Lunatic asylums in Bengal annual reports 1899-1911 - 1899-1911
Year: 1899
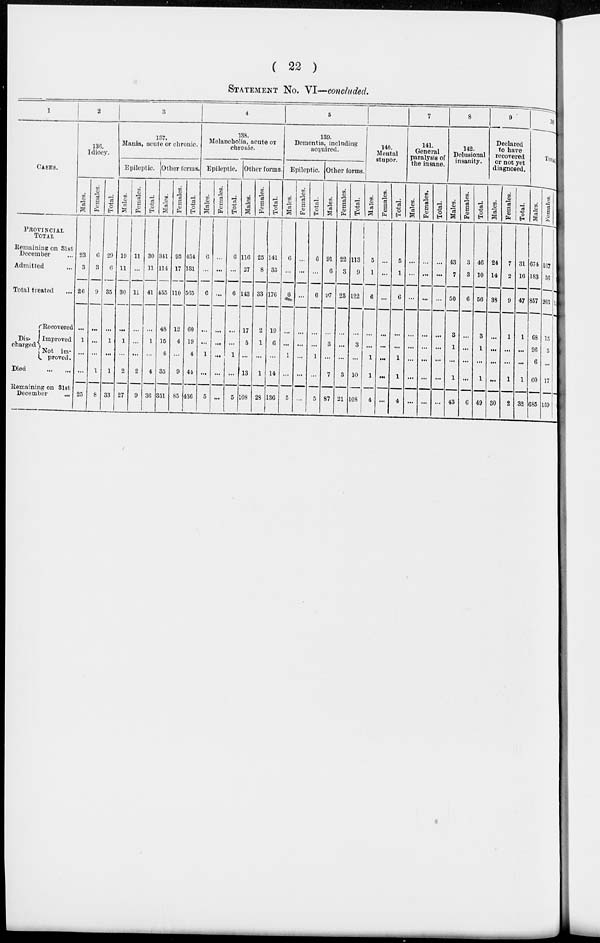
( 22 )
STATEMENT NO. VI—concluded.
1
CASES.
PROVINCIAL
TOTAL
Remaining on 31st
December ...
Admitted ...
Total treated ...
Dis-
charged
Recovered
Improved
Not im-
proved.
Died
...
...
Remaining on 31st
December
...
2
136.
Idiocy.
Males.
23
3
26
...
1
...
...
25
Females.
6
3
9
...
...
...
1
8
Total.
29
6
35
...
1
...
1
33
3
137.
Mania, acute or chronic.
Epileptic.
Males.
19
11
30
...
1
...
2
27
Females.
11
...
11
...
...
...
2
9
Total.
30
11
41
...
1
...
4
36
Other forms,
Males.
341
114
455
4S
15
4
35
351
Females.
93
17
110
12
4
...
9
85
Total.
434
131
565
60
19
4
44
436
4
138.
Melancholia, acute or
chronic.
Epileptic.
Males.
6
...
6
...
...
1
...
5
Females.
...
...
...
...
...
...
...
...
Total.
6
...
6
...
...
1
...
5
Other forms.
Males.
116
27
143
17
5
...
13
108
Females.
25
8
33
2
1
...
1
28
Total.
141
35
176
19
6
...
14
136
5
139.
Dementia, including
acquired.
Epileptic.
Males.
6
...
6
...
...
1
...
5
Females.
...
...
...
...
...
...
...
...
Total.
6
...
6
...
...
1
...
5
Other forms.
Males.
91
6
97
...
3
...
7
87
Females.
22
3
25
...
...
...
3
21
Total.
113
9
122
...
3
...
10
108
6
140.
Mental
stupor.
Males.
5
1
6
...
...
i
1
4
Females.
...
...
...
...
...
...
...
...
Total.
5
1
6
...
...
1
1
4
7
141.
General
paralysis of
the insane.
Males.
...
...
...
...
...
...
...
...
Females.
...
...
...
...
...
...
...
...
Total.
...
...
...
...
...
...
...
...
8
142.
Delusional
insanity.
Males.
43
7
50
3
1
...
1
43
Females.
3
3
6
...
...
...
...
6
Total.
46
10
56
3
1
...
1
49
9
Declared
to have
recovered
or not yet
diagnosed.
Males.
24
14
33
...
...
...
...
30
Females.
7
2
9
1
...
...
1
2
Total.
31
16
47
1
...
...
1
32
10
zTotal
Males.
674
183
857
68
26
6
60
685
Females.
167
36
203
15
5
...
17
159